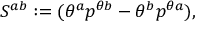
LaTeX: S ^ { a b } : = ( \theta ^ { a } p ^ { \theta b } - \theta ^ { b } p ^ { \theta a } ) ,